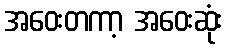
အဝေးတကာ့ အဝေးဆုံး